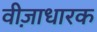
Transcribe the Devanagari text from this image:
वीज़ाधारक